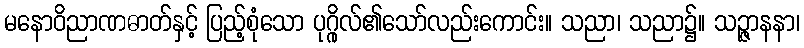
မနောဝိညာဏဓာတ်နှင့် ပြည့်စုံသော ပုဂ္ဂိုလ်၏သော်လည်းကောင်း။ သညာ၊ သညာ၌။ သဉ္ဇာနနာ၊